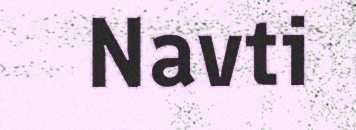
Navti